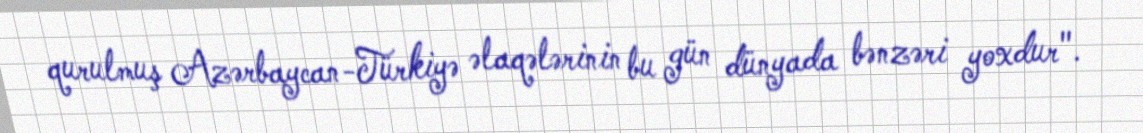
qurulmuş Azərbaycan-Türkiyə əlaqələrinin bu gün dünyada bənzəri yoxdur".